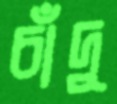
চাঁদু